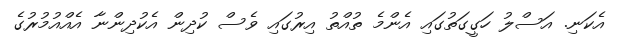
އެކަނި. އަސްލު ހަގީގަތުގައި އެންމެ ތުއްތު އިރުގައި ވެސް ކުދިން އެކުދިންނާ އެއްއުމުރުގެ